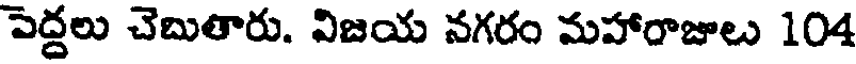
పెద్దలు చెబుతారు. విజయ నగరం మహారాజులు 104